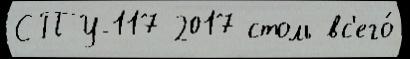
СПУ-117 2017 столь вс'его́